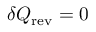
\delta Q _ { \mathrm { r e v } } = 0